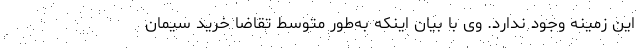
این زمینه وجود ندارد. وی با بیان اینکه به‌طور متوسط تقاضا خرید سیمان